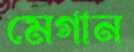
মেগান